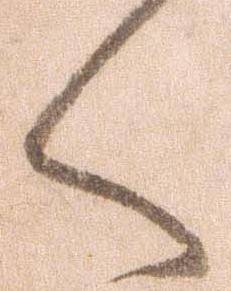
く